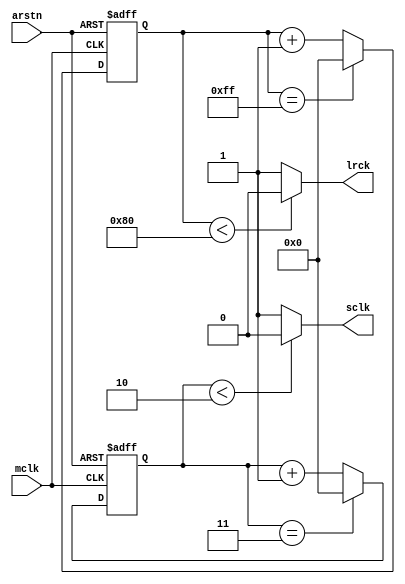
module i2s_clk #(
    parameter MCLK_DIV_LRCK = 256,
    parameter MCLK_DIV_SCLK = 4
) (
    input wire arstn,

    input wire mclk,

    output wire lrck,
    output wire sclk
);

    // MCLK_DIV_LRCK is maximally 2 ** 10
    reg [10 : 0] lrck_cnt;

    always @(posedge mclk, negedge arstn) begin
        if (arstn == 1'b0) begin
            lrck_cnt <= 0;
        end else begin
            if (lrck_cnt == MCLK_DIV_LRCK - 1) begin
                lrck_cnt <= 0;
            end else begin
                lrck_cnt <= lrck_cnt + 1;
            end
        end
    end

    assign lrck = (lrck_cnt < MCLK_DIV_LRCK / 2) ? 1'b0 : 1'b1;

    // MCLK_DIV_SCLK is maximally 2 ** 10
    reg [10 : 0] sclk_cnt;

    always @(posedge mclk, negedge arstn) begin
        if (arstn == 1'b0) begin
            sclk_cnt <= 0;
        end else begin
            if (sclk_cnt == MCLK_DIV_SCLK - 1) begin
                sclk_cnt <= 0;
            end else begin
                sclk_cnt <= sclk_cnt + 1;
            end
        end
    end

    assign sclk = (sclk_cnt < MCLK_DIV_SCLK / 2) ? 1'b0 : 1'b1;

endmodule